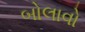
બોલાવો